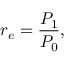
r _ { e } = { \frac { P _ { 1 } } { P _ { 0 } } } ,